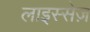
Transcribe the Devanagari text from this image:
लाइस्सेज़